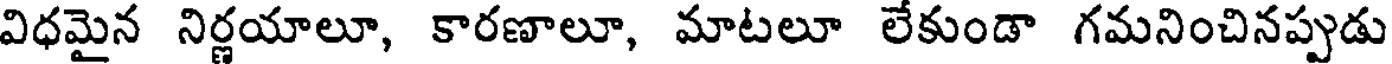
విధమైన నిర్ణయాలూ, కారణాలూ, మాటలూ లేకుండా గమనించినప్పుడు